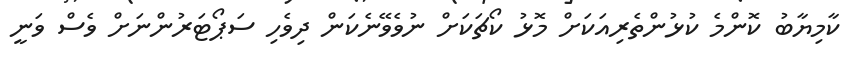
ކާމިޔާބު ކޮންމެ ކުޅުންތެރިއަކަށް މޮޅު ކޯޗަކަށް ނުވެވޭނެކަން ދިވެހި ސަޕޯޓަރުންނަށް ވެސް ވަނީ